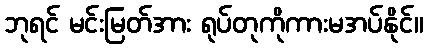
ဘုရင် မင်းမြတ်အား ရုပ်တုကိုကားမအပ်နိုင်။